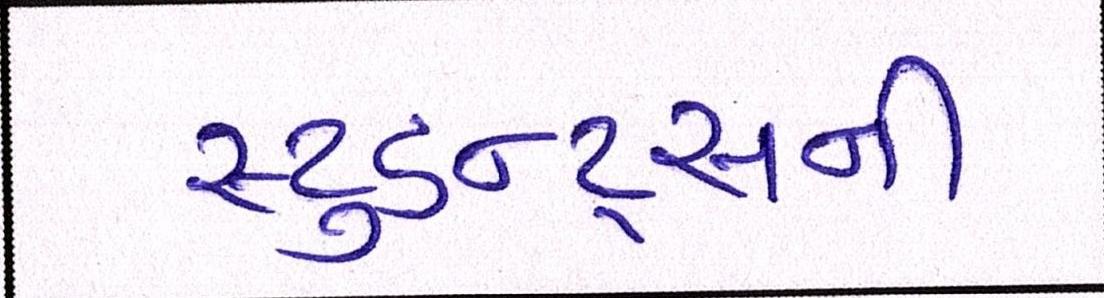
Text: સ્ટુડન્ટ્સની